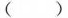
()